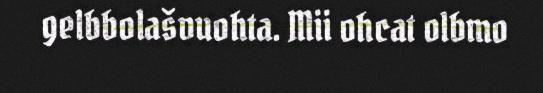
gelbbolašvuohta. Mii ohcat olbmo